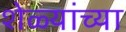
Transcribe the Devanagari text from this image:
शेळ्यांच्या